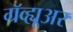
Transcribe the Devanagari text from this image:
ग्रॅव्ह्यूअर